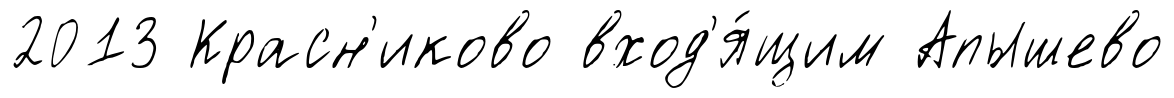
2013 Красн'иково вход'я́щим Апышево